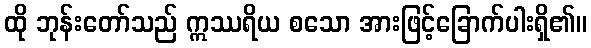
ထို ဘုန်းတော်သည် ဣဿရိယ စသော အားဖြင့်ခြောက်ပါးရှိ၏။